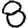
Digit: 8